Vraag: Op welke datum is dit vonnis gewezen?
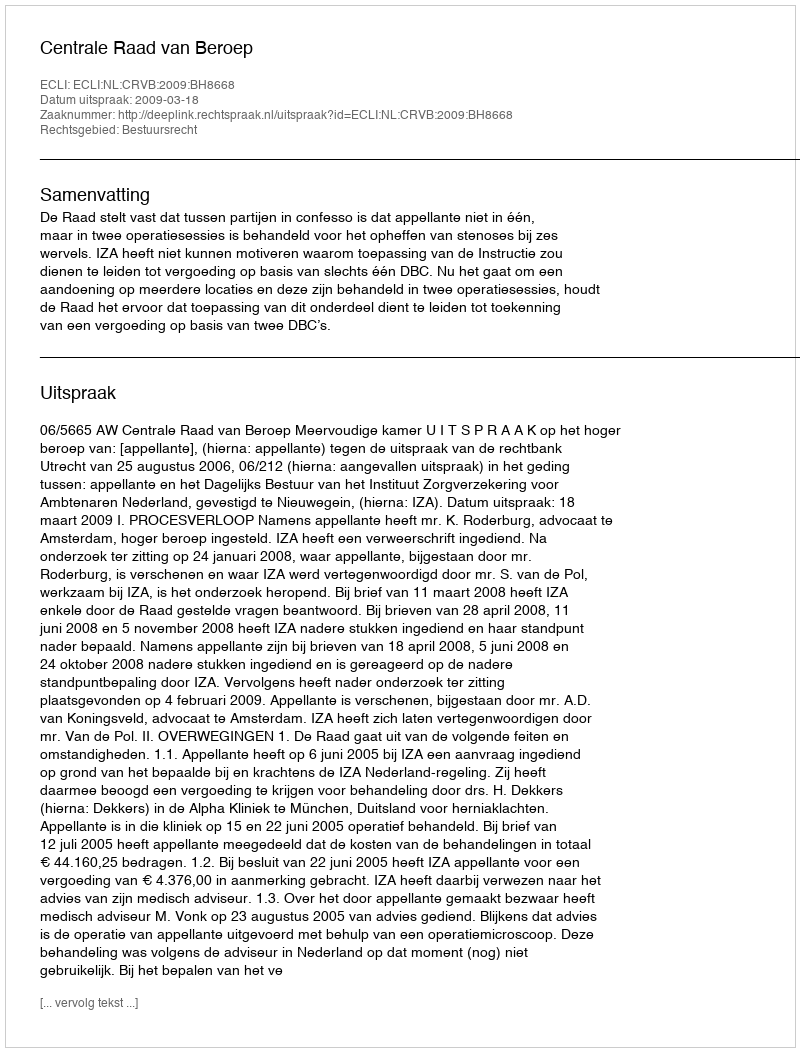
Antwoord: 2009-03-18